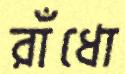
রাঁধো